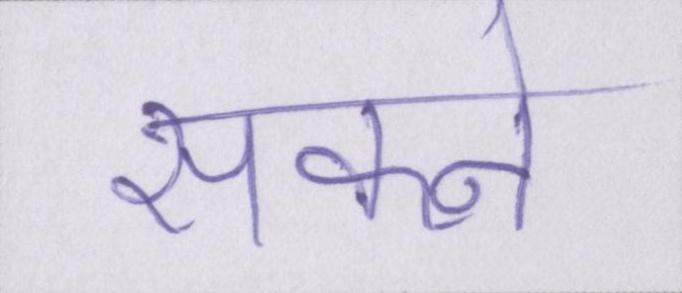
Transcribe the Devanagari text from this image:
सकने